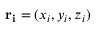
\mathbf { r _ { i } } = ( x _ { i } , y _ { i } , z _ { i } )